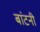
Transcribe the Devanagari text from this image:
बांटनी